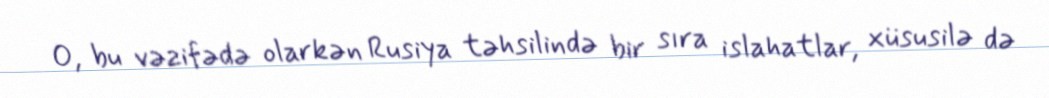
O, bu vəzifədə olarkən Rusiya təhsilində bir sıra islahatlar, xüsusilə də